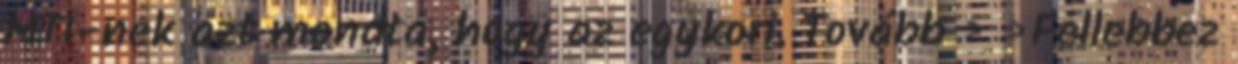
MTI-nek azt mondta, hogy az egykori. Tovább › ›Fellebbez